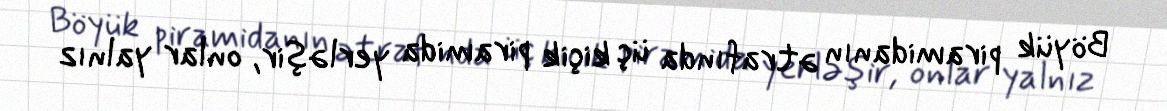
Böyük piramidanın ətrafında üç kiçik piramida yerləşir, onlar yalnız